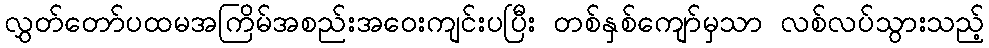
လွှတ်တော်ပထမအကြိမ်အစည်းအဝေးကျင်းပပြီး တစ်နှစ်ကျော်မှသာ လစ်လပ်သွားသည့်